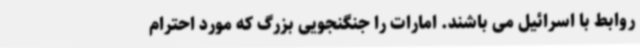
روابط با اسرائیل می باشند. امارات را جنگنجویی بزرگ که مورد احترام